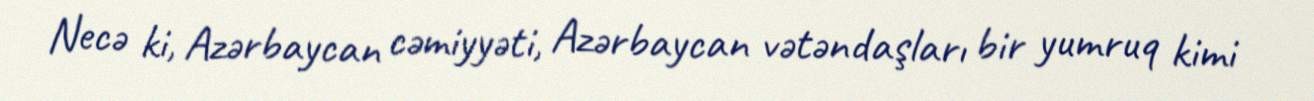
Necə ki, Azərbaycan cəmiyyəti, Azərbaycan vətəndaşları bir yumruq kimi